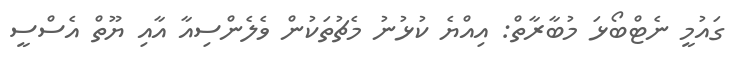
ގައުމީ ނެޓްބޯޅަ މުބާރާތް: އިއްޔެ ކުޅުނު މެޗުތަކުން ވެލެންސިއާ އާއި ޔޫތް އެސްސީ